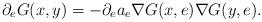
LaTeX: \begin{align*}\partial_e G(x,y)=-\partial_e a_e\nabla G(x,e)\nabla G(y,e).\end{align*}